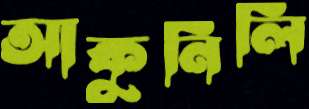
আকুনিলি